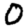
Digit: 0